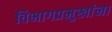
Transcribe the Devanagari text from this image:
विभागप्रमुखांना